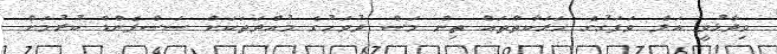
ވިދާޅުވީ އަލް ވަފަގުގެ ހަރަކާތްތައް ތިން މަސް ދުވަހުގެ މުއްދަތަކަށް ސަސްޕެންޑް ކުރުމަށް